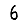
Digit: 6